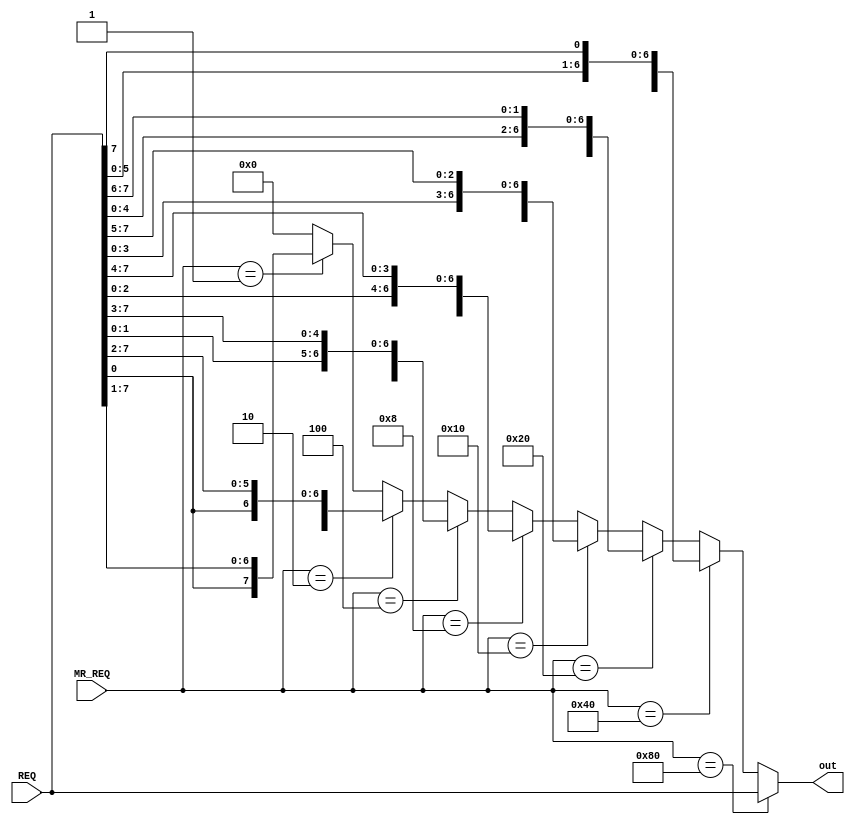
module up_rotator (
REQ,
MR_REQ,
out        );

input wire [7:0] REQ;
input wire [7:0] MR_REQ;
output reg [7:0] out;

always@(*) begin
	out = 8'd0;  //avoid latches
	if (MR_REQ == 8'b0000_0001)
		out[7:0] = {REQ[0], REQ[7:1]};
	if (MR_REQ == 8'b0000_0010)
		out[7:0] = {REQ[1:0], REQ[7:2]};
	if (MR_REQ == 8'b0000_0100)
		out[7:0] = {REQ[2:0], REQ[7:3]};
	if (MR_REQ == 8'b0000_1000)
		out[7:0] = {REQ[3:0], REQ[7:4]};
	if (MR_REQ == 8'b0001_0000)
		out[7:0] = {REQ[4:0], REQ[7:5]};
	if (MR_REQ == 8'b0010_0000)
		out[7:0] = {REQ[5:0], REQ[7:6]};
	if (MR_REQ == 8'b0100_0000)
		out[7:0] = {REQ[6:0], REQ[7]};
	if (MR_REQ == 8'b1000_0000)
		out[7:0] = REQ[7:0];
end

endmodule

module down_rotator (
REQ,
MR_REQ,
out        );

input wire [7:0] REQ;
input wire [7:0] MR_REQ;
output reg [7:0] out;

always@(*) begin
	out = 8'd0;
	if (MR_REQ == 8'b0000_0001)
		out[7:0] = {REQ[6:0], REQ[7]};
	if (MR_REQ == 8'b0000_0010)
		out[7:0] = {REQ[5:0], REQ[7:6]};
	if (MR_REQ == 8'b0000_0100)
		out[7:0] = {REQ[4:0], REQ[7:5]};
	if (MR_REQ == 8'b0000_1000)
		out[7:0] = {REQ[3:0], REQ[7:4]};
	if (MR_REQ == 8'b0001_0000)
		out[7:0] = {REQ[2:0], REQ[7:3]};
	if (MR_REQ == 8'b0010_0000)
		out[7:0] = {REQ[1:0], REQ[7:2]};
	if (MR_REQ == 8'b0100_0000)
		out[7:0] = {REQ[0], REQ[7:1]};
	if (MR_REQ == 8'b1000_0000)
		out[7:0] = REQ[7:0];
end

endmodule